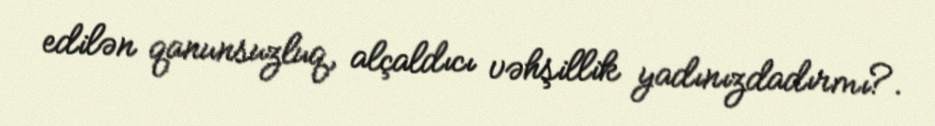
edilən qanunsuzluq, alçaldıcı vəhşillik yadınızdadırmı?.